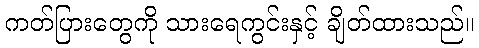
ကတ်ပြားတွေကို သားရေကွင်းနှင့် ချိတ်ထားသည်။